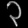
Digit: ၃